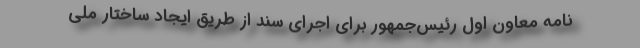
نامه معاون اول ‌رئیس‌جمهور برای اجرای سند از طریق ایجاد ساختار ملی